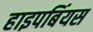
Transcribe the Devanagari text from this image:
हाइपबिंयस